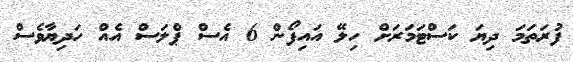
ފުރަތަމަ ދިޔަ ކަސްޓަމަރަށް ހިލޭ އައިފޯން 6 އެސް ޕްލަސް އެއް ހަދިޔާވެސް